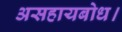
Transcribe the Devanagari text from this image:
असहायबोध।